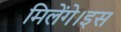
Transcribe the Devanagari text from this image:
मिलेंगे।इस